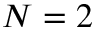
N = 2